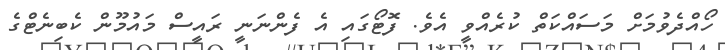
ހޯއްދެވުމަށް މަސައްކަތް ކުރެއްވީ އެވެ. ފޮޓޯގައި އެ ފެންނަނީ ރައީސް މައުމޫން ކެބިނެޓްގެ